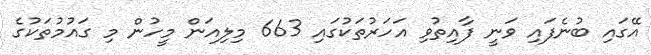
އޭގައި ބުނެފައި ވަނީ ފާއިތުވި އަހަރުތަކުގައި 663 މިލިއަން މީހުން މި ގައުމުތަކުގެ